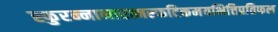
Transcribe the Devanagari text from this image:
स्फुरन्नानारत्नस्फटिकमयभित्तिप्रतिफल